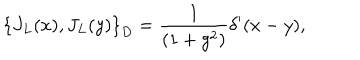
\left\{ J _ { L } ( x ) , J _ { L } ( y ) \right\} _ { D } = \frac { 1 } { ( 1 + g ^ { 2 } ) } \delta ^ { \prime } ( x - y ) ,